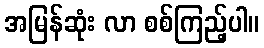
အမြန်ဆုံး လာ စစ်ကြည့်ပါ။